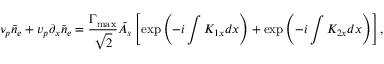
\nu _ { p } \tilde { n } _ { e } + v _ { p } \partial _ { x } \tilde { n } _ { e } = \frac { \Gamma _ { \mathrm { m a x } } } { \sqrt { 2 } } \tilde { A } _ { s } \left[ \exp \left( - i \int K _ { 1 x } d x \right) + \exp \left( - i \int K _ { 2 x } d x \right) \right] ,